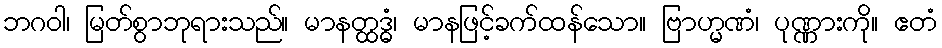
ဘဂဝါ၊ မြတ်စွာဘုရားသည်။ မာနတ္ထဒ္ဓံ၊ မာနဖြင့်ခက်ထန်သော။ ဗြာဟ္မဏံ၊ ပုဏ္ဏားကို။ ဧတံ